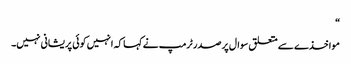
“
مواخذے سے متعلق سوال پر صدر ٹرمپ نے کہا کہ انہیں کوئی پریشانی نہیں۔